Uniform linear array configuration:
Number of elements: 32
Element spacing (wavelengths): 1
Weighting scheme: hamming
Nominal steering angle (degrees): -60
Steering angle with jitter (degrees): -58.372
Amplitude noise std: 0.05
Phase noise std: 0.05

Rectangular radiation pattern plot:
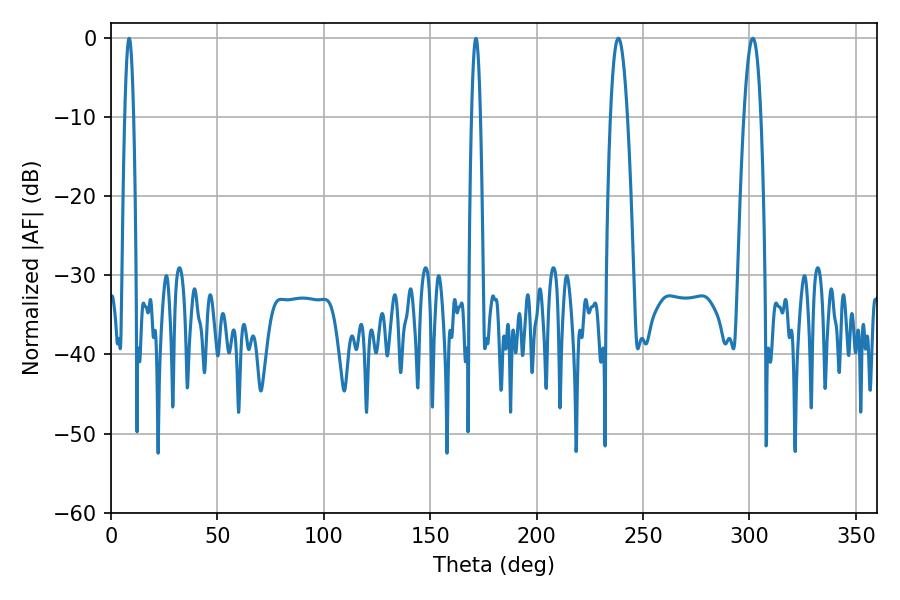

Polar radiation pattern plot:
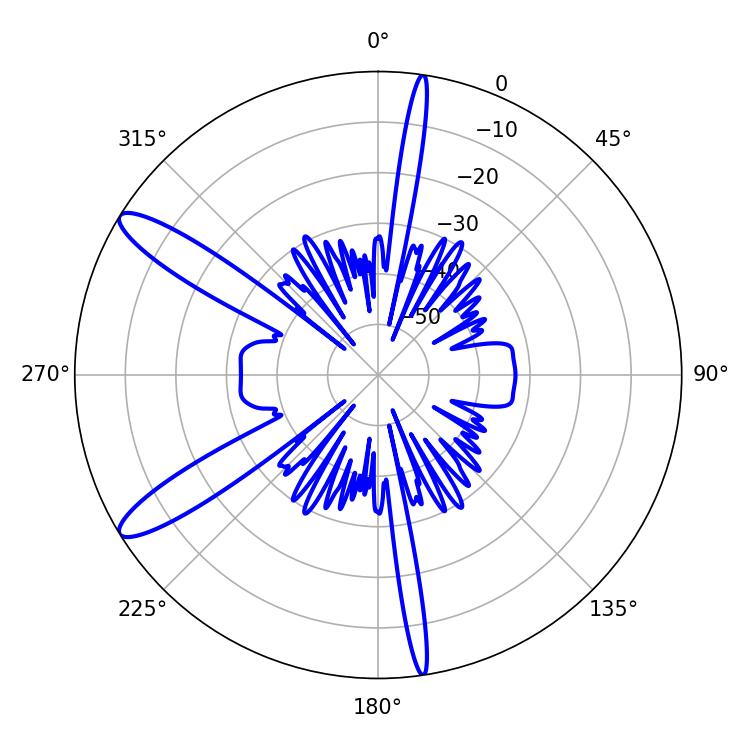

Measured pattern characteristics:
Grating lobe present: TRUE
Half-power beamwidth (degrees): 4.32
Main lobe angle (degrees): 238.32